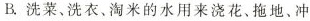
B.洗菜、洗衣、淘米的水用来浇花、拖地、冲